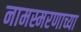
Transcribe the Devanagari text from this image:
नामस्मरणाच्या